Annual report on the working of the lock hospitals in the North-Western Provinces and Oudh
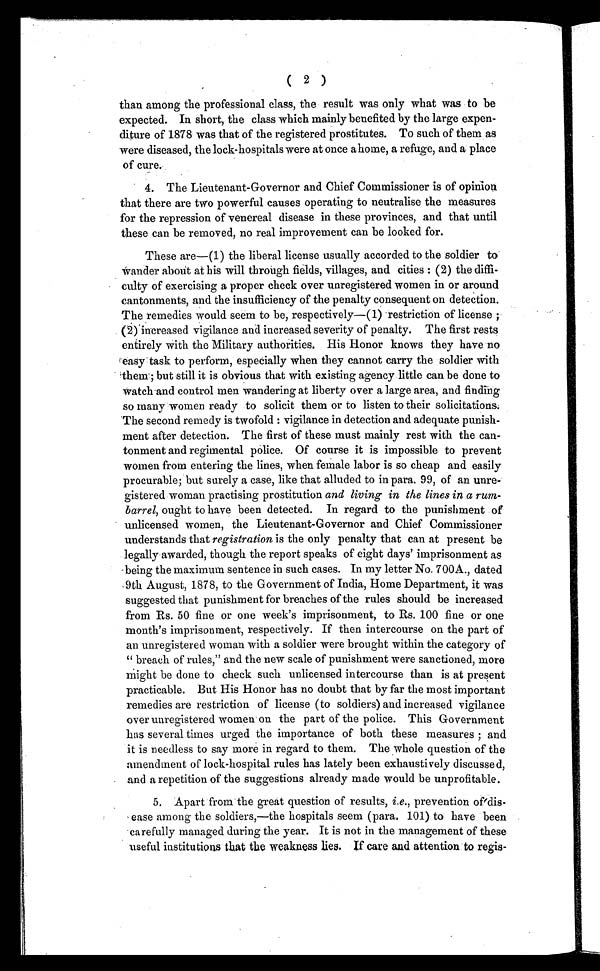
( 2 )
than among the professional class, the result was only what was to be
expected. In short, the class which mainly benefited by the large expen
diture of 1878 was that of the registered prostitutes. To such of them as
were diseased, the lock-hospitals were at once a home, a refuge, and a place
of cure.
4. The Lieutenant-Governor and Chief Commissioner is of opinion
that there are two powerful causes operating to neutralise the measures
for the repression of venereal disease in these provinces, and that until
these can be removed, no real improvement can be looked for.
These are—(1) the liberal license usually accorded to the soldier to
wander about at his will through fields, villages, and cities : (2) the diffi
culty of exercising a proper check over unregistered women in or around
cantonments, and the insufficiency of the penalty consequent on detection.
The remedies would seem to be, respectively—(1) restriction of license ;
(2) increased vigilance and increased severity of penalty. The first rests
entirely with the Military authorities. His Honor knows they have no
easy task to perform, especially when they cannot carry the soldier with
them; but still it is obvious that with existing agency little can be done to
watch and control men wandering at liberty over a large area, and finding
so many women ready to solicit them or to listen to their solicitations.
The second remedy is twofold : vigilance in detection and adequate punish
ment after detection. The first of these must mainly rest with the can
tonment and regimental police. Of course it is impossible to prevent
women from entering the lines, when female labor is so cheap and easily
procurable; but surely a case, like that alluded to in para. 99, of an unre
gistered woman practising prostitution and living in the lines in a rum
barrel, ought to have been detected. In regard to the punishment of
unlicensed women, the Lieutenant-Governor and Chief Commissioner
understands that registration is the only penalty that can at present be
legally awarded, though the report speaks of eight days' imprisonment as
being the maximum sentence in such cases. In my letter No. 700A., dated
9th August, 1878, to the Government of India, Home Department, it was
suggested that punishment for breaches of the rules should be increased
from Rs. 50 fine or one week's imprisonment, to Rs. 100 fine or one
month's imprisonment, respectively. If then intercourse on the part of
an unregistered woman with a soldier were brought within the category of
" breach of rules," and the new scale of punishment were sanctioned, more
might be done to check such unlicensed intercourse than is at present
practicable. But His Honor has no doubt that by far the most important
remedies are restriction of license (to soldiers) and increased vigilance
over unregistered women on the part of the police. This Government
has several times urged the importance of both these measures ; and
it is needless to say more in regard to them. The whole question of the
amendment of lock-hospital rules has lately been exhaustively discussed,
and a repetition of the suggestions already made would be unprofitable.
5. Apart from the great question of results, i.e., prevention of dis
ease among the soldiers,—the hospitals seem (para. 101) to have been
carefully managed during the year. It is not in the management of these
useful institutions that the weakness lies. If care and attention to regis-